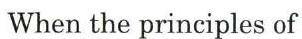
When the principles of